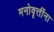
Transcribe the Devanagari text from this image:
मनोवृत्तींना